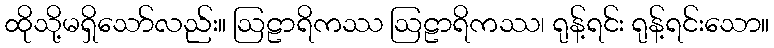
ထိုသို့မရှိသော်လည်း။ ဩဠာရိကဿ ဩဠာရိကဿ၊ ရုန့်ရင်း ရုန့်ရင်းသော။